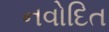
નવોદિત